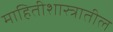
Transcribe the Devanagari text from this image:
माहितीशास्त्रातील